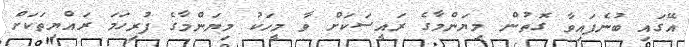
އޭގައި ބުނެފައިވާ ގޮތުން މިޔަންމާގެ ރައީސަކަށް ވާ މީހަކު މިޔަންމާގެ ފުރިހަމަ ރައްޔިތަކަށް